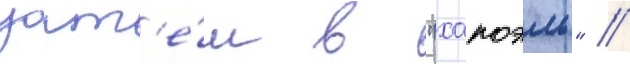
зат'е́м в "хапоэль" //